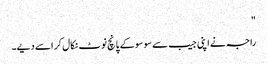
"
راجہ نے اپنی جیب سے سو سو کے پانچ نوٹ نکال کر اسے دیے۔